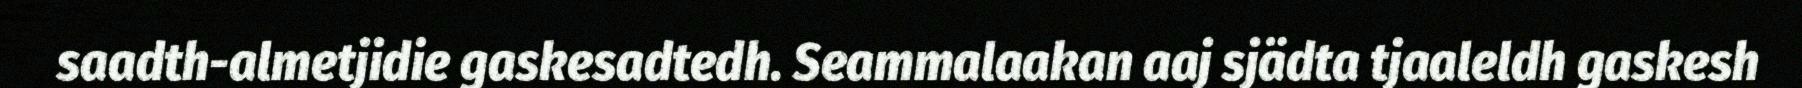
saadth-almetjidie gaskesadtedh. Seammalaakan aaj sjädta tjaaleldh gaskesh